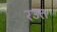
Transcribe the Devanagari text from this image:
रउत